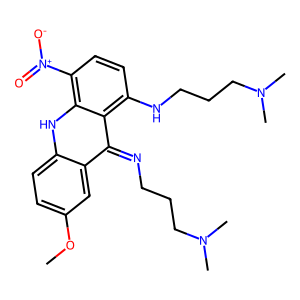
SMILES: COc1ccc2[nH]c3c([N+](=O)[O-])ccc(NCCCN(C)C)c3c(=NCCCN(C)C)c2c1
Inhibits HIV replication: No